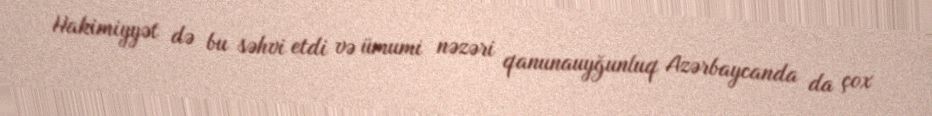
Hakimiyyət də bu səhvi etdi və ümumi nəzəri qanunauyğunluq Azərbaycanda da çox